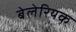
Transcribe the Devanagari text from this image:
बेलेरियक